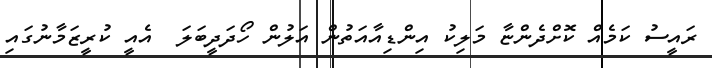
ރައީސު ކަމެއް ކޮށްދެންޏާ މަލިކު އިންޑިއާއަތުން އަލުން ހޯދަދީބަލަ  އެއީ ކުރީޒަމާނުގައި